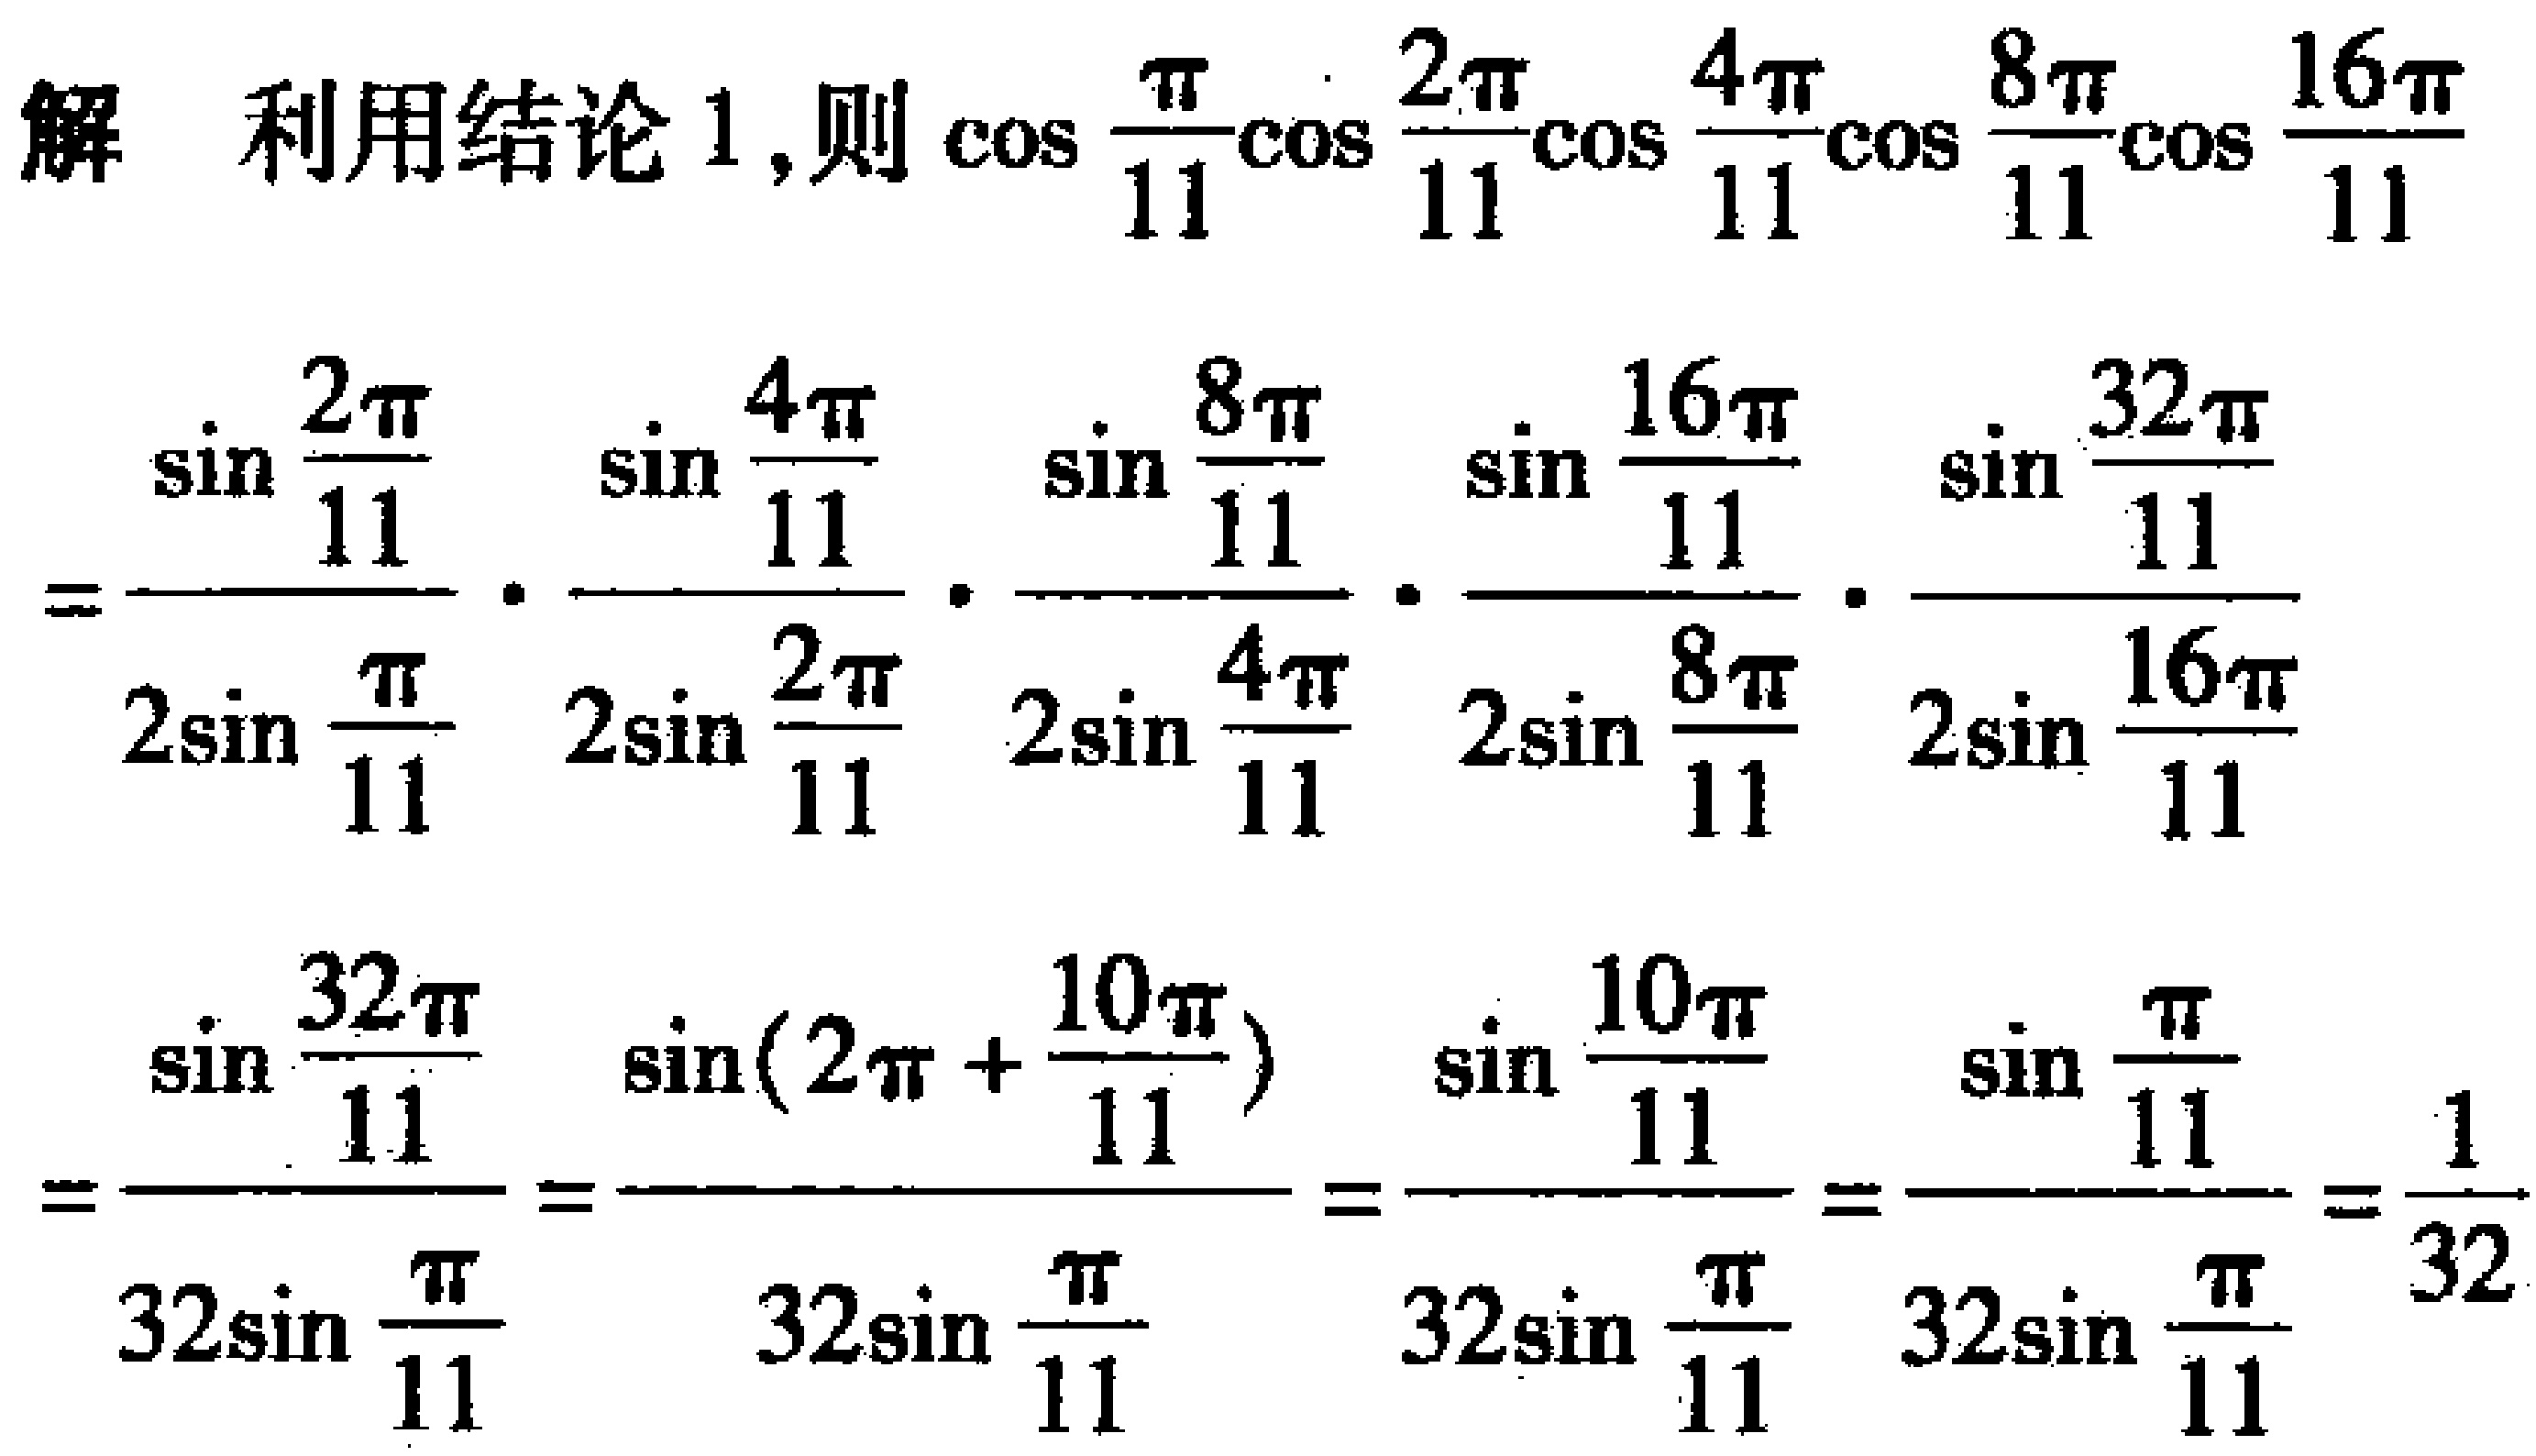
解 利用结论 1,则\(\cos\frac{\pi}{11}\cos\frac{2\pi}{11}\cos\frac{4\pi}{11}\cos\frac{8\pi}{11}\cos\frac{16\pi}{11}\)
\(=\frac{\sin\frac{2\pi}{11}}{2\sin\frac{\pi}{11}}\cdot\frac{\sin\frac{4\pi}{11}}{2\sin\frac{2\pi}{11}}\cdot\frac{\sin\frac{8\pi}{11}}{2\sin\frac{4\pi}{11}}\cdot\frac{\sin\frac{16\pi}{11}}{2\sin\frac{8\pi}{11}}\cdot\frac{\sin\frac{32\pi}{11}}{2\sin\frac{16\pi}{11}}\)
\(=\frac{\sin\frac{32\pi}{11}}{32\sin\frac{\pi}{11}}=\frac{\sin(2\pi +\frac{10\pi}{11})}{32\sin\frac{\pi}{11}}=\frac{\sin\frac{10\pi}{11}}{32\sin\frac{\pi}{11}}=\frac{\sin\frac{\pi}{11}}{32\sin\frac{\pi}{11}}=\frac{1}{32}\)